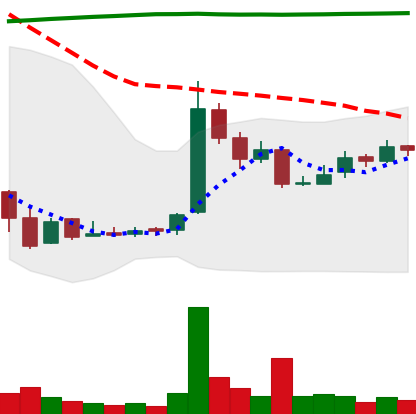
Ticker: LTC-USD
Chart end date: 2016-09-02
Forward return: 3.799%
Label: up_3_5